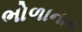
ભોળાનાથ